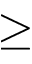
\ge